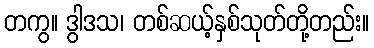
တကွ။ ဒွါဒသ၊ တစ်ဆယ့်နှစ်သုတ်တို့တည်း။